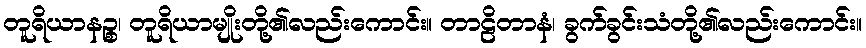
တူရိယာနဉ္စ၊ တူရိယာမျိုးတို့၏လည်းကောင်း။ တာဠိတာနံ၊ ခွက်ခွင်းသံတို့၏လည်းကောင်း။